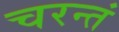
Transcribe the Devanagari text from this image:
चरन्तं